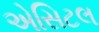
એસિટલ